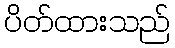
ပိတ်ထားသည်